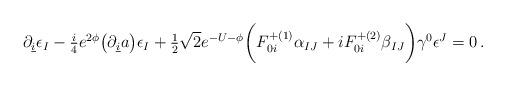
LaTeX: \begin{align*}\partial_{\underline i}\epsilon_I - {\textstyle\frac{i}{4}} e^{2\phi}\bigl (\partial_{\underline i} a\bigr )\epsilon_I+ {\textstyle\frac{1}{2}}\sqrt 2 e^{-U-\phi} \biggl (F_{0i}^{+(1)}\alpha_{IJ} + i F_{0i}^{+(2)}\beta_{IJ}\biggr )\gamma^0\epsilon^J = 0\, .\end{align*}